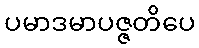
ပမာဒမာပဇ္ဇတိပေ